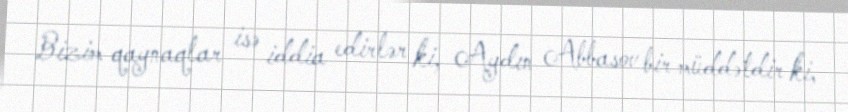
Bizim qaynaqlar isə iddia edirlər ki, Aydın Abbasov bir müddətdir ki,